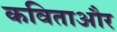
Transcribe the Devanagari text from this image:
कविताऔर